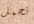
نحمل